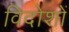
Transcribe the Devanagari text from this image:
विदोशों